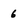
Character: 6